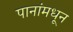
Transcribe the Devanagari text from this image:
पानांमधून